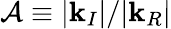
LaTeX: \mathcal{A}\equiv|\mathbf{k}_{I}|/|\mathbf{k}_{R}|